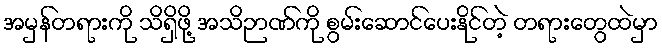
အမှန်တရားကို သိရှိဖို့ အသိဉာဏ်ကို စွမ်းဆောင်ပေးနိုင်တဲ့ တရားတွေထဲမှာ